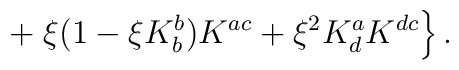
\;\;\;\;\; +   \left. \xi (1-\xi K^{b}_{b}) K^{ac} + \xi^2K^{a}_{d} K^{dc} \right\}.